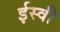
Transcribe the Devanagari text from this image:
र्इस्वी